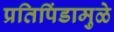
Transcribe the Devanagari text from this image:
प्रतिपिंडामुळे